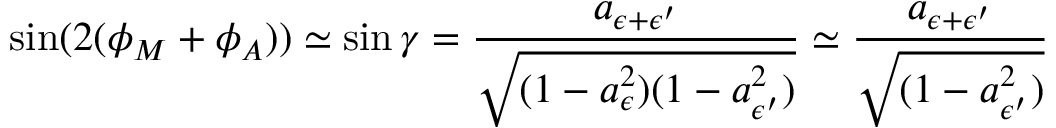
\sin ( 2 ( \phi _ { M } + \phi _ { A } ) ) \simeq \sin \gamma = \frac { a _ { \epsilon + \epsilon ^ { \prime } } } { \sqrt { ( 1 - a _ { \epsilon } ^ { 2 } ) ( 1 - a _ { \epsilon ^ { \prime } } ^ { 2 } ) } } \simeq \frac { a _ { \epsilon + \epsilon ^ { \prime } } } { \sqrt { ( 1 - a _ { \epsilon ^ { \prime } } ^ { 2 } ) } }